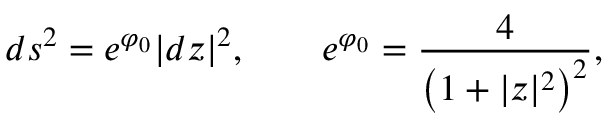
d s ^ { 2 } = e ^ { \varphi _ { 0 } } | d z | ^ { 2 } , \qquad e ^ { \varphi _ { 0 } } = { \frac { 4 } { \left( 1 + | z | ^ { 2 } \right) ^ { 2 } } } ,